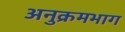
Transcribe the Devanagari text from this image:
अनुक्रमभाग